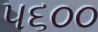
૫૬૦૦